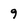
Character: 9